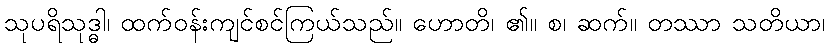
သုပရိသုဒ္ဓါ၊ ထက်ဝန်းကျင်စင်ကြယ်သည်။ ဟောတိ၊ ၏။ စ၊ ဆက်။ တဿာ သတိယာ၊